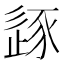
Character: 𰺼